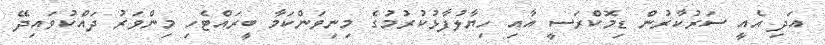
އަދި އެއީ ސަރުކާރުން ޑިމޮކްރަސީ އާއި ހިޔާލުފާޅުކުރުމުގެ މިނިވަންކަމާ ބީރައްޓެހި މިންވަރު ދައްކުވައިދޭ